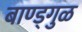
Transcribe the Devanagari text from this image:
बाण्ड्गुळ